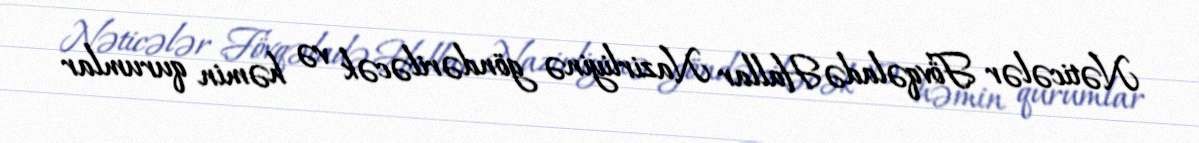
Nəticələr Fövqəladə Hallar Nazirliyinə göndəriləcək və həmin qurumlar